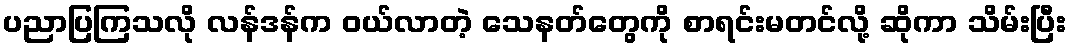
ပညာပြကြသလို လန်ဒန်က ဝယ်လာတဲ့ သေနတ်တွေကို စာရင်းမတင်လို့ ဆိုကာ သိမ်းပြီး